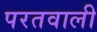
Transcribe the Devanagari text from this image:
परतवाली